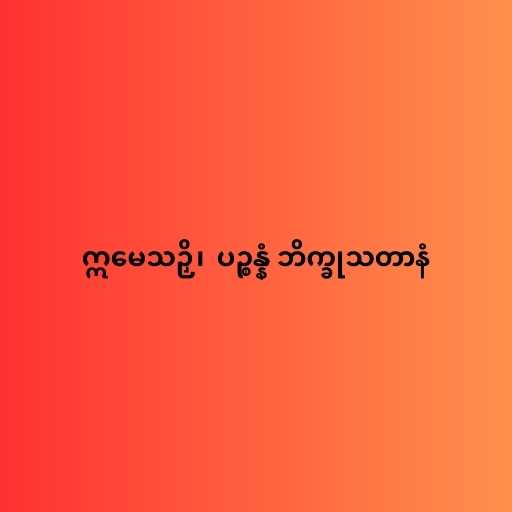
ဣမေသဉှိ၊  ပဉ္စန္နံ ဘိက္ခုသတာနံ